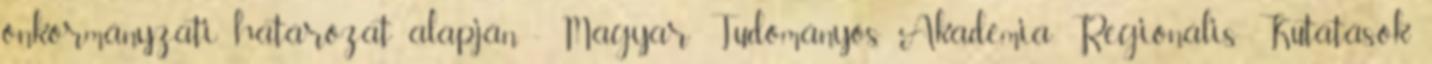
önkormányzati határozat alapján - Magyar Tudományos Akadémia Regionális Kutatások